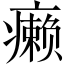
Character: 癞